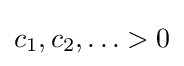
{\textstyle c_{1},c_{2},\ldots >0}